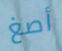
أصغ